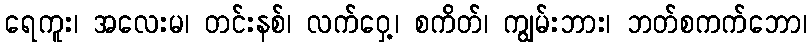
ရေကူး၊ အလေးမ၊ တင်းနစ်၊ လက်ဝှေ့၊ စကိတ်၊ ကျွမ်းဘား၊ ဘတ်စကက်ဘော၊